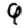
Digit: 9